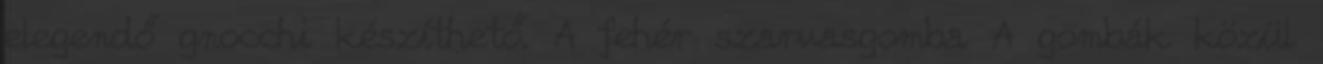
elegendő gnocchi készíthető. A fehér szarvasgomba A gombák közül